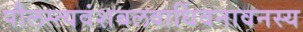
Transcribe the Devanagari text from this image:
पौलस्त्यवंशबलवार्धिवनावनस्य